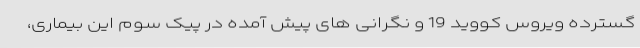
گسترده ویروس کووید 19 و نگرانی های پیش آمده در پیک سوم این بیماری،